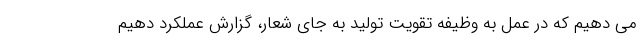
می دهیم که در عمل به وظیفه تقویت تولید به جای شعار، گزارش عملکرد دهیم